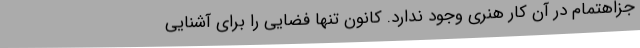
جزاهتمام در آن کار هنری وجود ندارد. کانون تنها فضایی را برای آشنایی